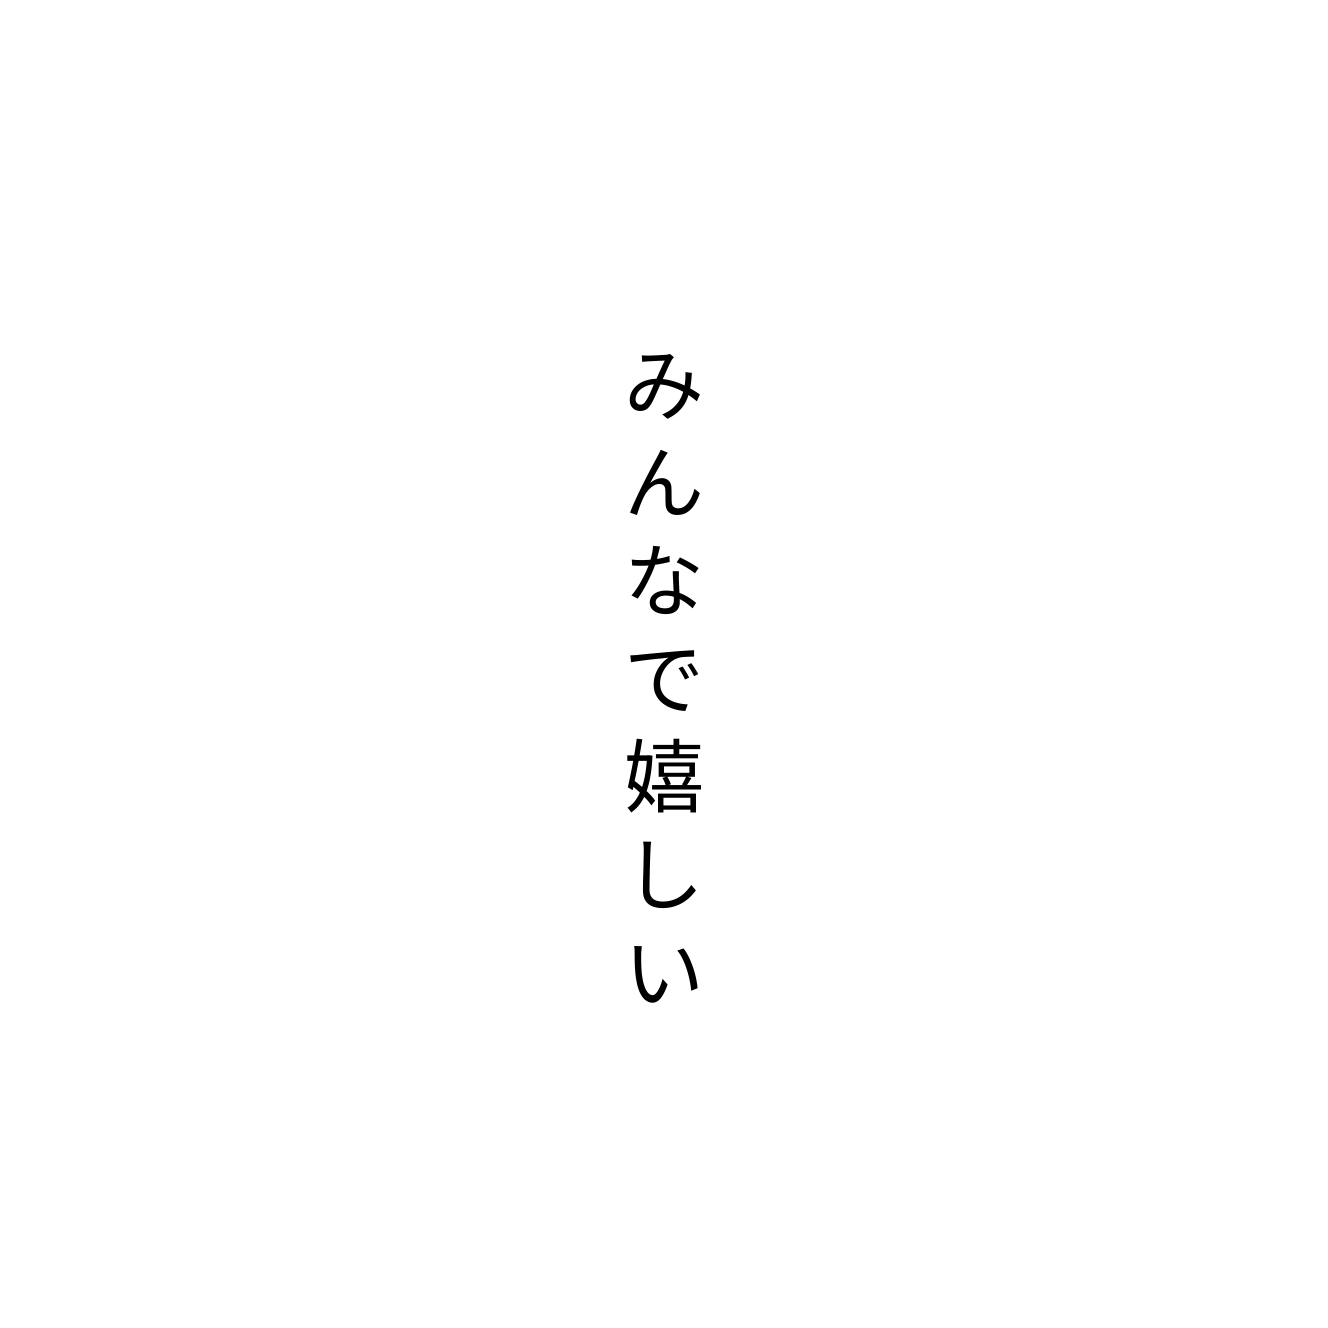
みんなで嬉しい